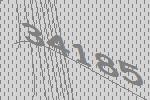
34185